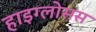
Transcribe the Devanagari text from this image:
हाइग्लोसस